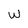
Character: W